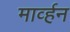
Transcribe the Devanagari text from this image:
मार्व्हन